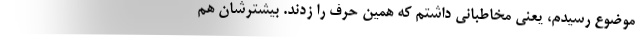
موضوع رسیدم، یعنی مخاطبانی داشتم که همین حرف را زدند. بیشترشان هم